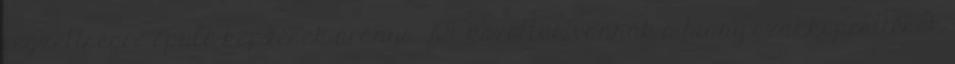
végzettségre épülő képzések aránya 70%, közöttük vannak a hiány-szakképesítések